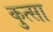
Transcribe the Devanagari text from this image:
कुत्सा